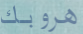
هروبك